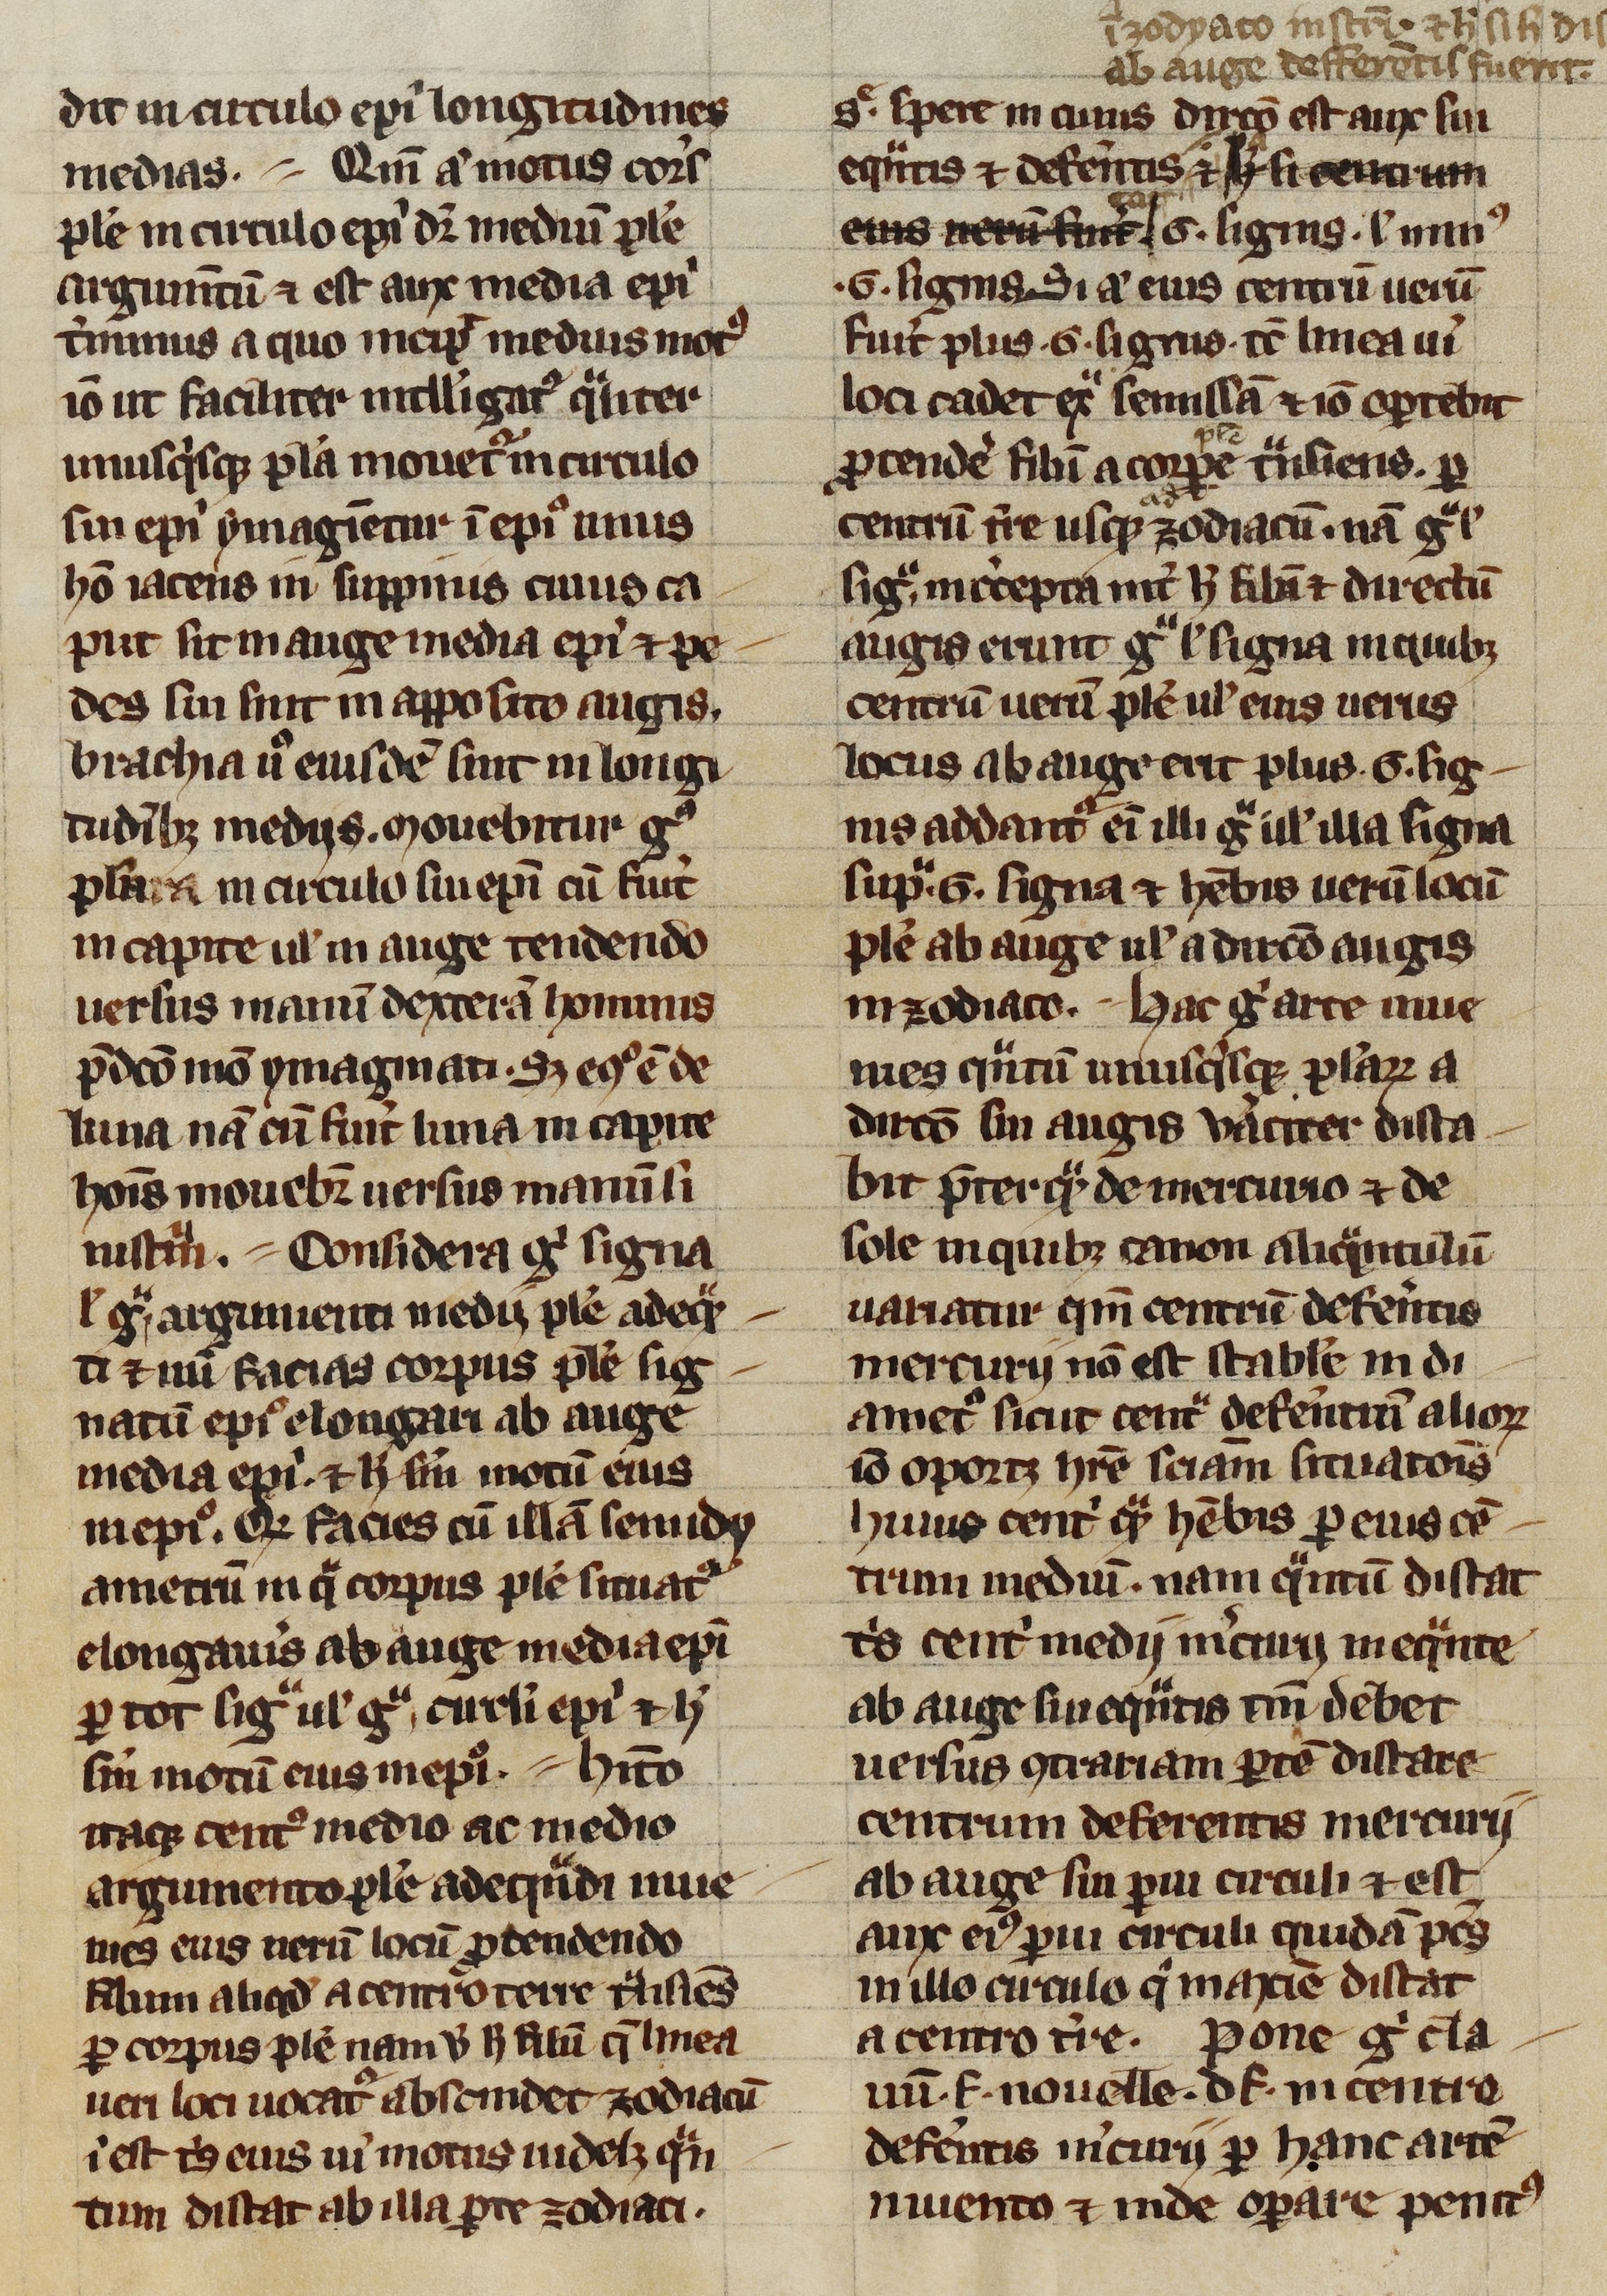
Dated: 1200–1399